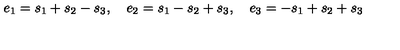
e _ { 1 } = s _ { 1 } + s _ { 2 } - s _ { 3 } , \quad e _ { 2 } = s _ { 1 } - s _ { 2 } + s _ { 3 } , \quad e _ { 3 } = - s _ { 1 } + s _ { 2 } + s _ { 3 }